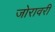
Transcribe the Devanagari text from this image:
जोरावरी